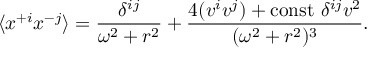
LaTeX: \langle x ^ { + i } x ^ { - j } \rangle = { \frac { \delta ^ { i j } } { \omega ^ { 2 } + r ^ { 2 } } } + { \frac { 4 ( v ^ { i } v ^ { j } ) + \mathrm { c o n s t } \ \delta ^ { i j } v ^ { 2 } } { ( \omega ^ { 2 } + r ^ { 2 } ) ^ { 3 } } } .